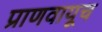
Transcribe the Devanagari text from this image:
प्राणवायूच